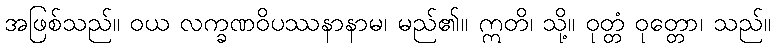
အဖြစ်သည်။ ဝယ လက္ခဏဝိပဿနာနာမ၊ မည်၏။ ဣတိ၊ သို့။ ဝုတ္တံ ဝုတ္တော၊ သည်။